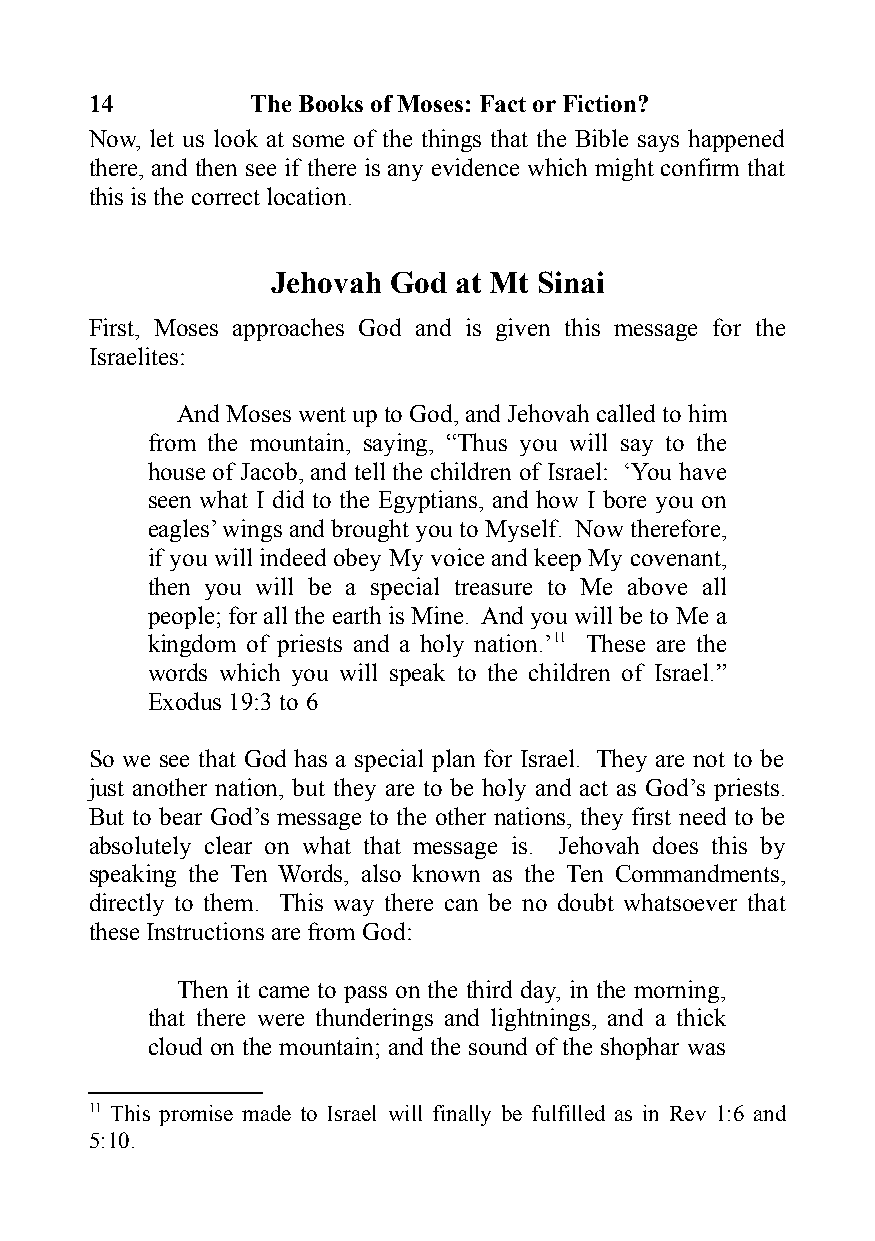
14         The Books of Moses: Fact or Fiction?
 Now, let us look at some of the things that the Bible says happened
 there, and then see if there is any evidence which might confirm that
 this is the correct location.
 Jehovah God at Mt Sinai
 First, Moses approaches God and is given this message for the
 Israelites:
 And Moses went up to God, and Jehovah called to him
 from the mountain, saying, “Thus you will say to the
 house of Jacob, and tell the children of Israel: ‘You have
 seen what I did to the Egyptians, and how I bore you on
 eagles’ wings and brought you to Myself. Now therefore,
 if you will indeed obey My voice and keep My covenant,
 then you will be a special treasure to Me above all
 people; for all the earth is Mine. And you will be to Me a
 kingdom of priests and a holy nation.’11 These are the
 words which you will speak to the children of Israel.”
 Exodus 19:3 to 6
 So we see that God has a special plan for Israel. They are not to be
 just another nation, but they are to be holy and act as God’s priests.
 But to bear God’s message to the other nations, they first need to be
 absolutely clear on what that message is. Jehovah does this by
 speaking the Ten Words, also known as the Ten Commandments,
 directly to them. This way there can be no doubt whatsoever that
 these Instructions are from God:
 Then it came to pass on the third day, in the morning,
 that there were thunderings and lightnings, and a thick
 cloud on the mountain; and the sound of the shophar was
 11 This promise made to Israel will finally be fulfilled as in Rev 1:6 and
 5:10.